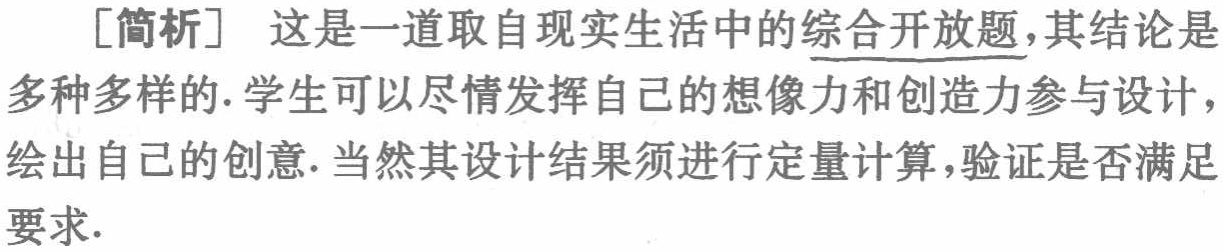
[简析] 这是一道取自现实生活中的综合开放题,其结论是多种多样的.学生可以尽情发挥自己的想像力和创造力参与设计，绘出自己的创意.当然其设计结果须进行定量计算，验证是否满足要求.